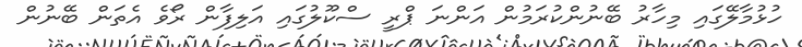
ހުޅުމާލޭގައި މިހާރު ބޭނުންކުރަމުން އަންނަ ޕްރީ ސްކޫލުގައި އަލިފާން ރޯވެ އެތަން ބޭނުން